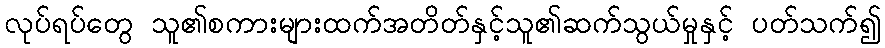
လုပ်ရပ်တွေ သူ၏စကားများထက်အတိတ်နှင့်သူ၏ဆက်သွယ်မှုနှင့် ပတ်သက်၍